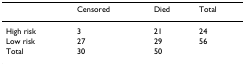
<table><thead><tr><td></td><td><b>Censored</b></td><td><b>Died</b></td><td><b>Total</b></td></tr></thead><tbody><tr><td>High risk</td><td>3</td><td>21</td><td>24</td></tr><tr><td>Low risk</td><td>27</td><td>29</td><td>56</td></tr><tr><td>Total</td><td>30</td><td>50</td><td></td></tr></tbody></table>